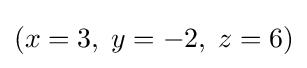
(x=3,\;y=-2,\;z=6)